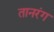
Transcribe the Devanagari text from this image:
तानरंग